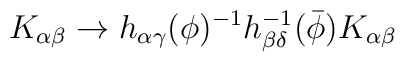
K_{\alpha \beta} \rightarrow h_{\alpha \gamma}(\phi)^{-1}h_{\beta\delta}^{-1}({\bar \phi}) K_{\alpha \beta}